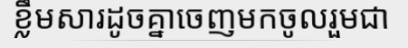
ខ្លឹមសារដូចគ្នាចេញមកចូលរួមជា